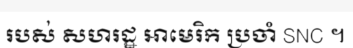
របស់ សហរដ្ឋ អាមេរិក ប្រចាំ SNC ។